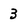
Character: 3